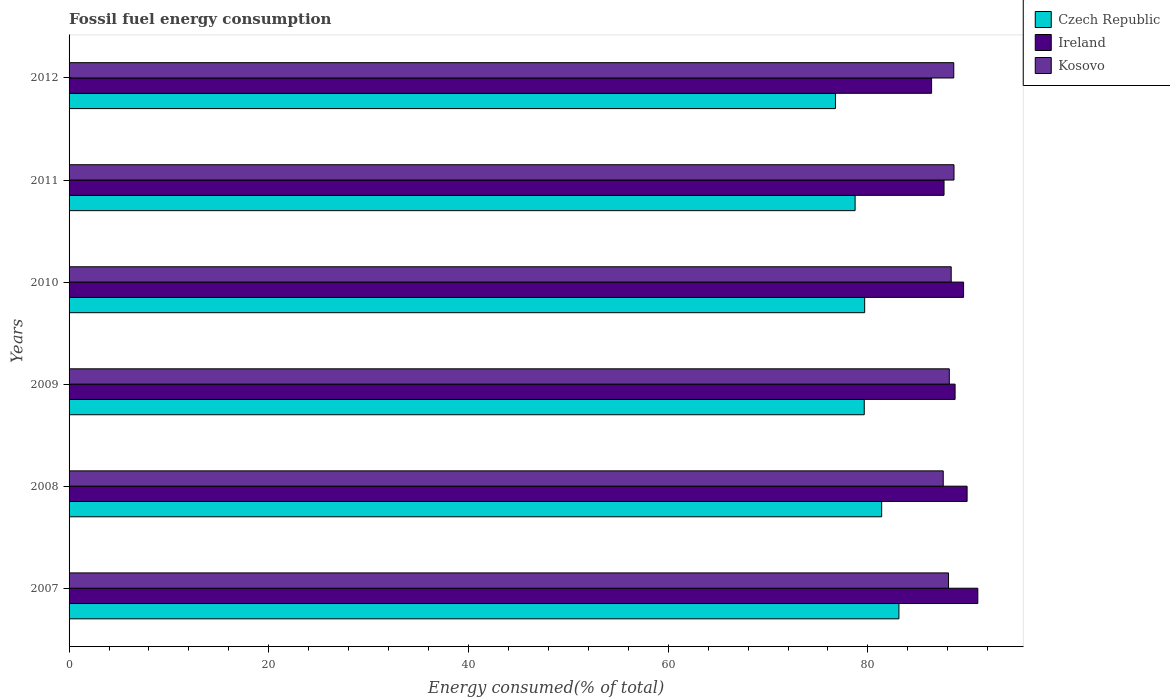
| Years | Czech Republic | Ireland | Kosovo |
 | --- | --- | --- | --- |
 | 2007 | 83.1 | 91 | 88.1 |
 | 2008 | 81.4 | 89.9 | 87.5 |
 | 2009 | 79.6 | 88.7 | 88.2 |
 | 2010 | 79.7 | 89.6 | 88.3 |
 | 2011 | 78.7 | 87.6 | 88.6 |
 | 2012 | 76.7 | 86.4 | 88.6 |